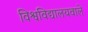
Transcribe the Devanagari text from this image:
विश्वविद्यालयवाले